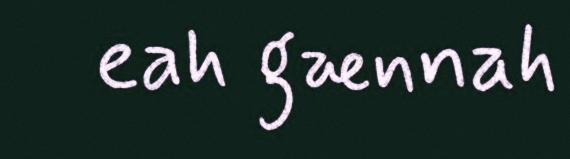
eah gænnah